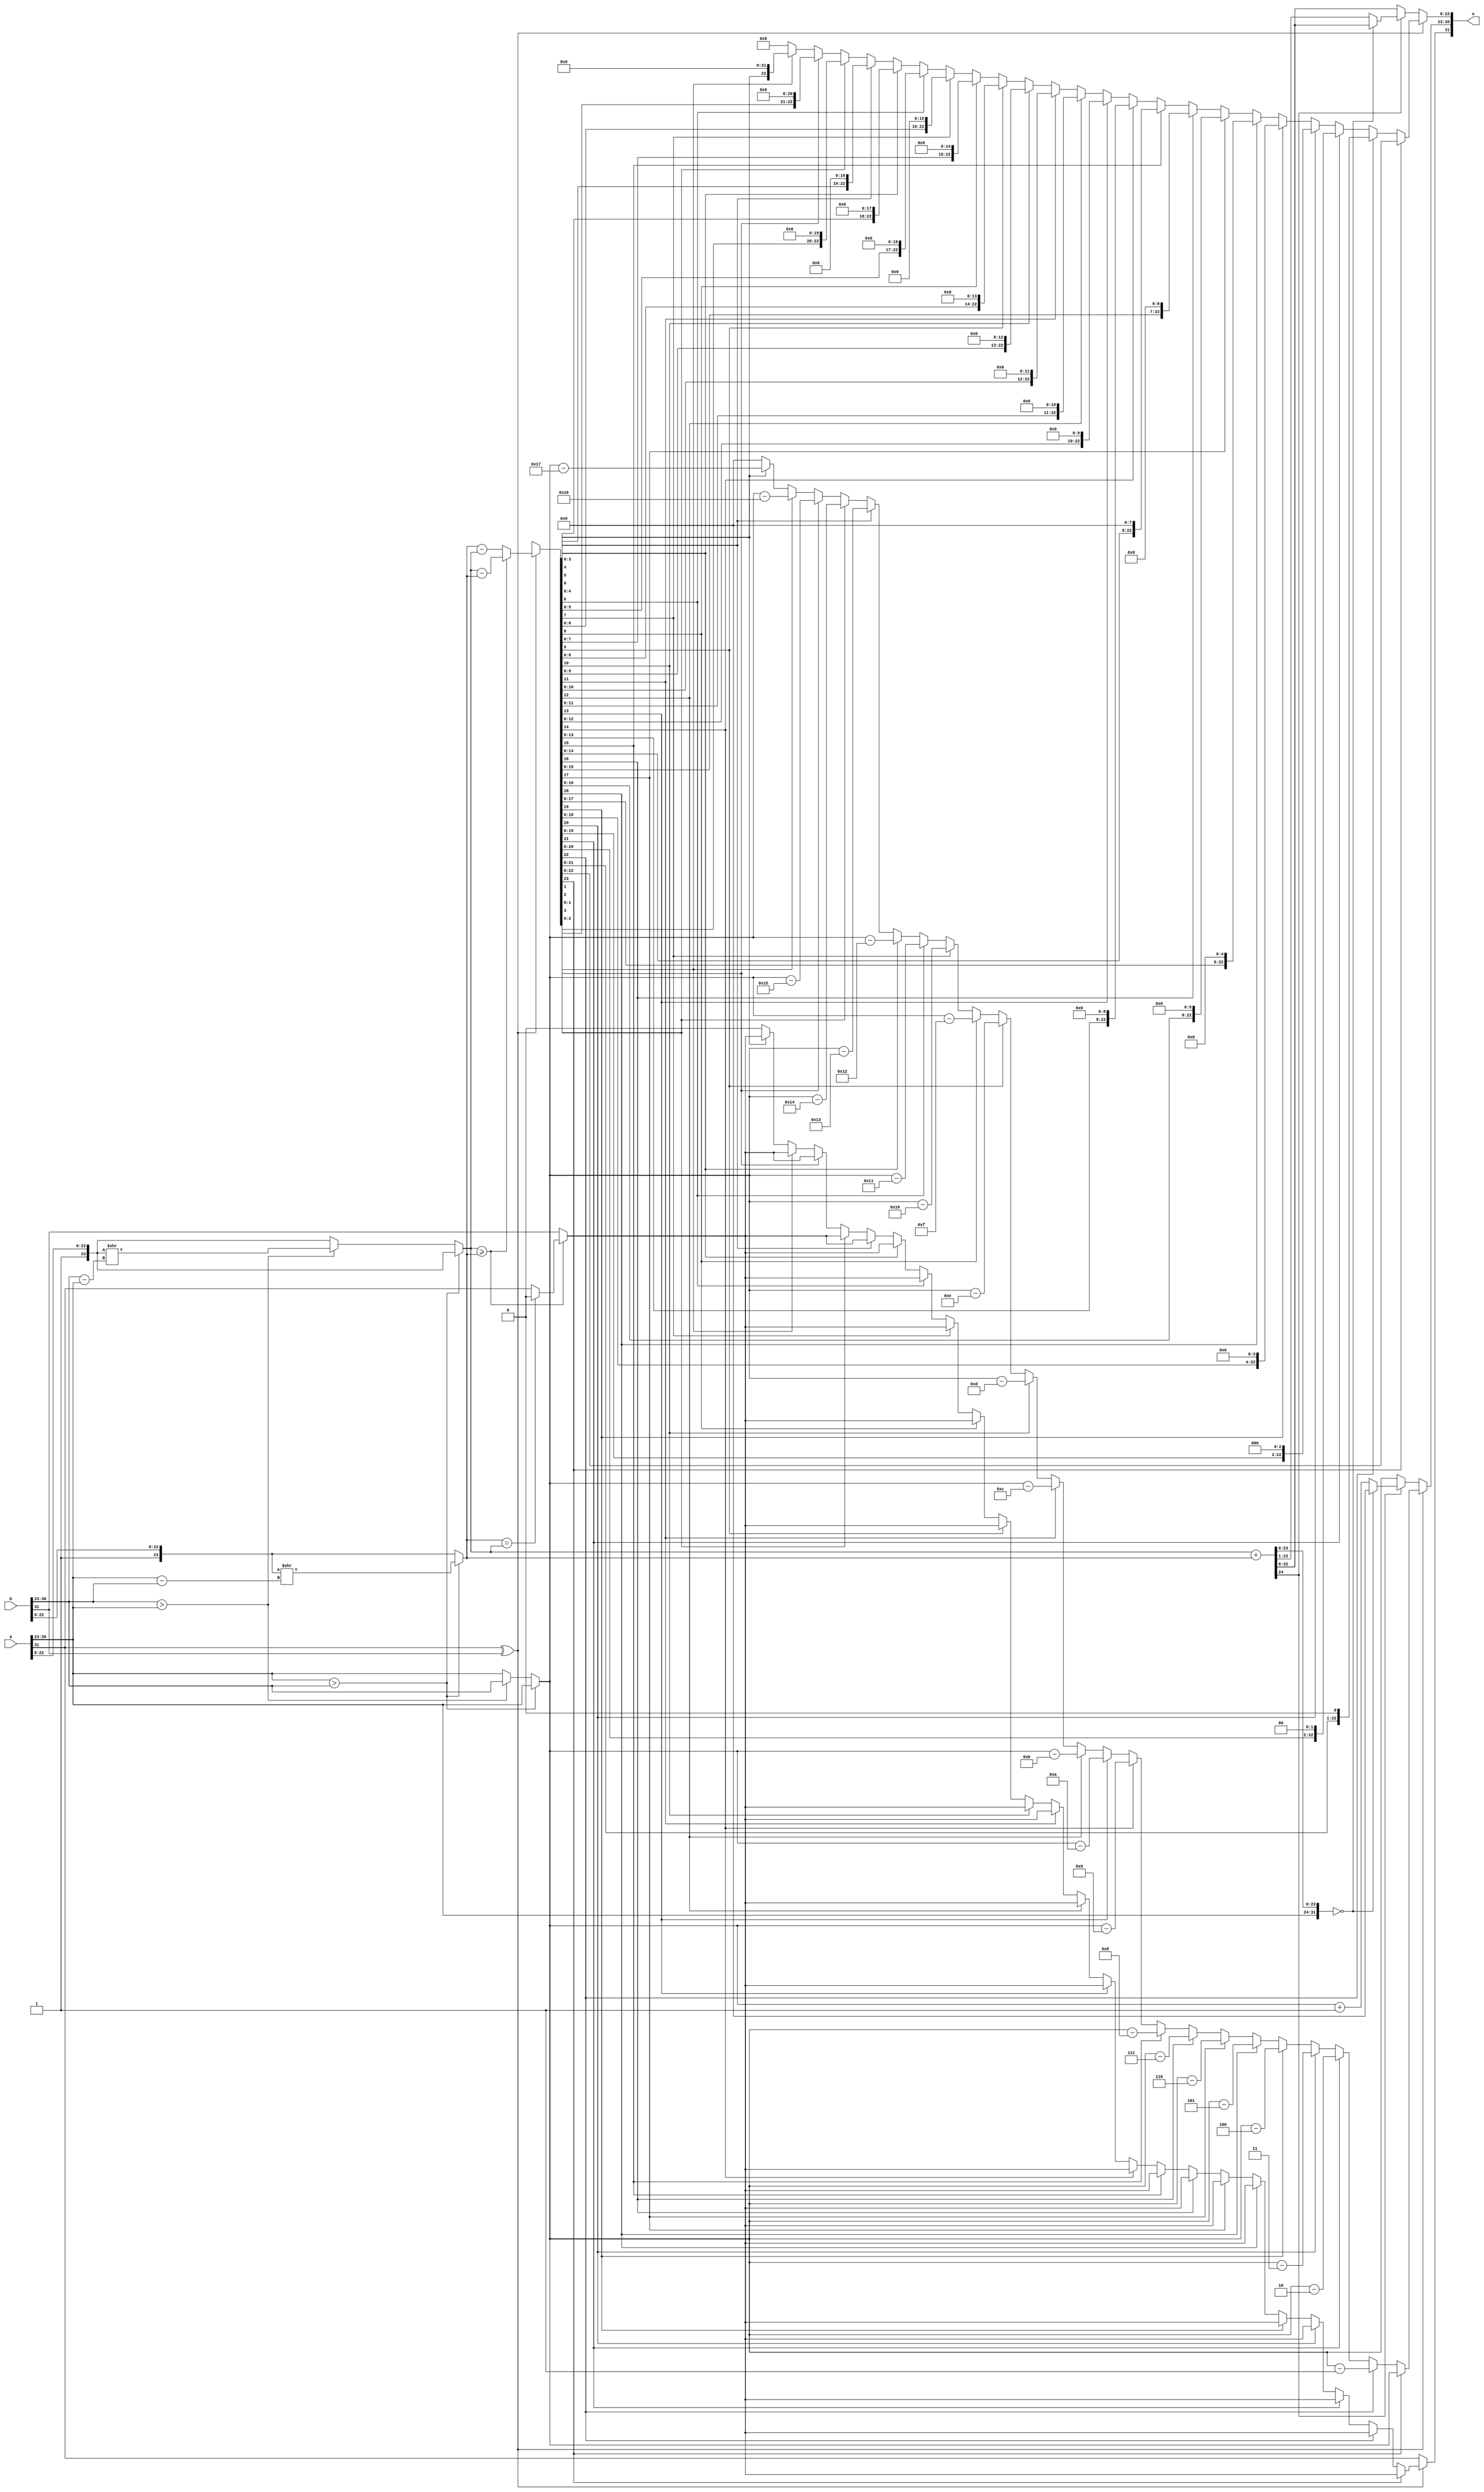
module FP_cong ( o, a, b);
	input [31:0] a, b;
	output reg [31:0] o;
	
	reg [23:0] aM, bM, sM;
	reg [23:0]	tM;
	reg [7:0] aE, bE, tE;
	reg aS, bS, tS, x;
	
	always @ (*) begin
		aM[23:0] = {1'b1,a[22:0]};
		bM[23:0] = {1'b1,b[22:0]};
		
		aE[7:0] = a[30:23];
		bE[7:0] = b[30:23]; 
		
		aS = a[31];
		bS = b[31];
		
// Quy ve dong MU
		if (aE[7:0] > bE[7:0]) begin
			tE = aE - bE;	
			bM = bM >> tE;	
			tE = aE;
		end else if (bE[7:0] > aE[7:0]) begin
			tE = bE - aE;
			aM = aM >> tE;	
			tE = bE;
		end else begin
			tE = aE;
		end
// Xu ly theo dau	
		if ((aS^bS)==1'b1) begin // Khac dau
			if (aM>=bM) begin
				{x,tM} = aM - bM;
				if (bM==aM) begin
					tS = 0;
				end else begin
					tS = aS;
				end
			end else begin
				{x,tM} = bM - aM;
				tS = bS;
			end
//////////////////////////////////////////
			if(tM[23]==1) begin
					tM = tM;
			end else if (tM[22]==1) begin
					tM = tM << 1;
					tE = tE - 8'd1;
			end else if (tM[21]==1) begin
					tM = tM << 2;
					tE = tE - 8'd2;
			end else if (tM[20]==1) begin
					tM = tM << 3;
					tE = tE - 8'd3;
			end else if (tM[19]==1) begin
					tM = tM << 4;
					tE = tE - 8'd4;
			end else if (tM[18]==1) begin
					tM = tM << 5;
					tE = tE - 8'd5;
			end else if (tM[17]==1) begin
					tM = tM << 6;
					tE = tE - 8'd6;
			end else if (tM[16]==1) begin
					tM = tM << 7;
					tE = tE - 8'd7;
			end else if (tM[15]==1) begin
					tM = tM << 8;
					tE = tE - 8'd8;
			end else if (tM[14]==1) begin
					tM = tM << 9;
					tE = tE - 8'd9;
			end else if (tM[13]==1) begin
					tM = tM << 10;
					tE = tE - 8'd10;
			end else if (tM[12]==1) begin
					tM = tM << 11;
					tE = tE - 8'd11;
			end else if (tM[11]==1) begin
					tM = tM << 12;
					tE = tE - 8'd12;
			end else if (tM[10]==1) begin
					tM = tM << 13;
					tE = tE - 8'd13;
			end else if (tM[9]==1) begin
					tM = tM << 14;
					tE = tE - 8'd14;
			end else if (tM[8]==1) begin
					tM = tM << 15;
					tE = tE - 8'd15;
			end else if (tM[7]==1) begin
					tM = tM << 16;
					tE = tE - 8'd16;
			end else if (tM[6]==1) begin
					tM = tM << 17;
					tE = tE - 8'd17;
			end else if (tM[5]==1) begin
					tM = tM << 18;
					tE = tE - 8'd18;
			end else if (tM[4]==1) begin
					tM = tM << 19;
					tE = tE - 8'd19;
			end else if (tM[3]==1) begin
					tM = tM << 20;
					tE = tE - 8'd20;
			end else if (tM[2]==1) begin
					tM = tM << 21;
					tE = tE - 8'd21;
			end else if (tM[1]==1) begin
					tM = tM << 22;
					tE = tE - 8'd22;
			end else if (tM[0]==1) begin
					tM = tM << 23;
					tE = tE - 8'd23;
			end else begin
					tS = 0;
					tE = 0;
					tM = 0;
			end	
//////////////////////////////////////////////		
		end else begin // Cung dau
			{x,tM} = aM + bM;
			if (x==1) begin
				if ({aE, tM} == 32'b0)
					tE = 8'b0;
				else
				begin
					tE = tE + 8'd1;
					tM = tM >> 1;					
				end
			end
			tS = aS;
		end
		
		o[31] = tS;
		o[30:23] = tE[7:0];
		o[22:0] = tM[22:0];
	end
	
endmodule